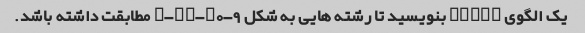
یک الگوی regex بنویسید تا رشته هایی به شکل a-zA-Z0-9 مطابقت داشته باشد.